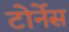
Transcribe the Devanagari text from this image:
टोर्नेस